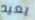
يعيد